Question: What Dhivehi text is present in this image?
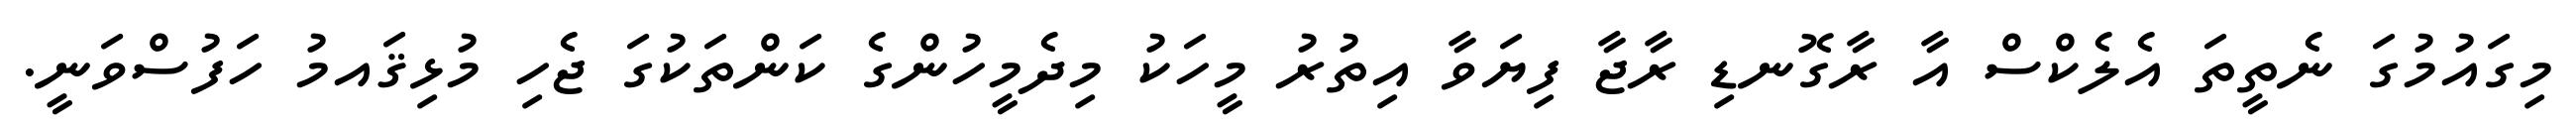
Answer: މިގައުމުގަ ނެތީތަ އެލެކްސް އާ ރާގޮނޑި ރާޖާ ފިޔަވާ އިތުރު މީހަކު މިދެމީހުންގެ ކަންތަކުގަ ޖެހި މުޅިޤައމު ހަފުސްވަނީ.